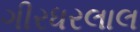
ગીરધરલાલ